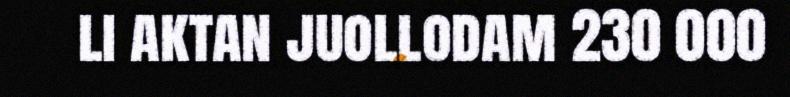
li aktan juollodam 230 000